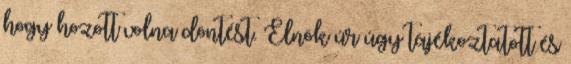
hogy hozott volna döntést. Elnök úr úgy tájékoztatott és